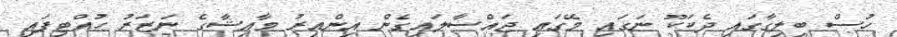
ހުސް ބިލިގާގައި ދެކަކޫ ނަގައި މޭގައި ޖައްސާލައިގެން އިންއިރު މާއިޝާގެ ނަޒަރު ހުއްޓިފައި